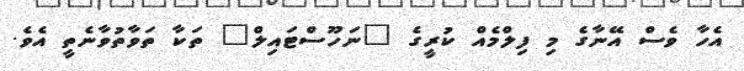
އެހާ ވެސް އޭނާގެ މި ފިލްމެއް ކުރީގެ "ނަހޫސްޓައިލް" ތަކާ ތަވާތުވާނެތީ އެވެ.